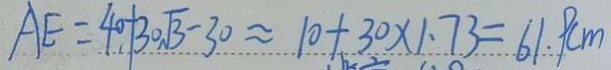
A E = 4 0 + 3 0 \sqrt { 3 } - 3 0 \approx 1 0 + 3 0 \times 1 . 7 3 = 6 1 . 9 c m